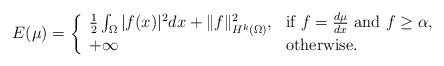
LaTeX: \begin{align*}E(\mu) = \left\{\begin{array}{ll} \frac{1}{2} \int_{\Omega} |f(x)|^2 dx+\Vert f\Vert_{H^{k}(\Omega)}^{2}, & \mbox{if}\ f =\frac{d\mu}{dx} \ \mbox{and} \ f\geq \alpha, \\+\infty & \mbox{otherwise.}\end{array}\right.\end{align*}